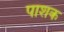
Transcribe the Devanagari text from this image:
पाशक